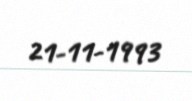
21-11-1993